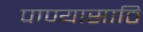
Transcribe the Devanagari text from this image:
पाण्यासाठि